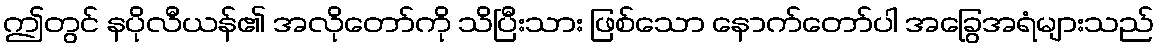
ဤတွင် နပိုလီယန်၏ အလိုတော်ကို သိပြီးသား ဖြစ်သော နောက်တော်ပါ အခြွေအရံများသည်